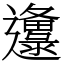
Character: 邍